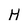
Character: H